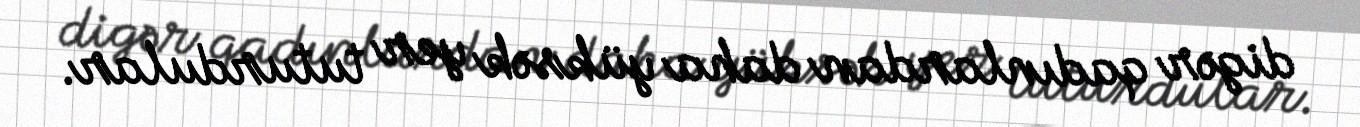
digər qadınlardan daha yüksək yer tuturdular.